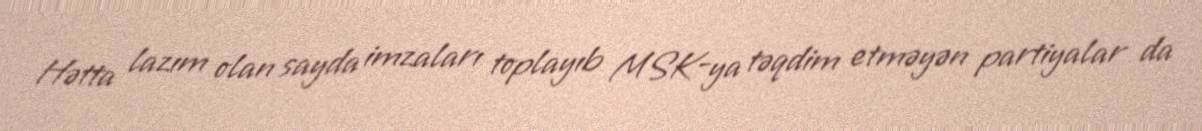
Hətta lazım olan sayda imzaları toplayıb MSK-ya təqdim etməyən partiyalar da